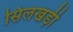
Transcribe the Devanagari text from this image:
सिलखड़ी